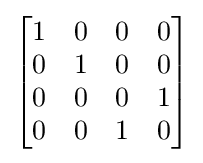
{\begin{bmatrix}1&0&0&0\\0&1&0&0\\0&0&0&1\\0&0&1&0\end{bmatrix}}